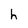
Character: h